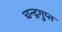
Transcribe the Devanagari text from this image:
चन्‍द्रगुप्‍त